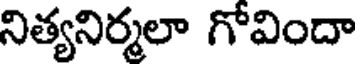
నిత్యనిర్మలా గోవిందా